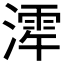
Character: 𪷋